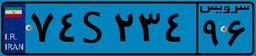
۲۹S۹۶۴۷۶